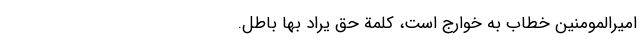
امیرالمومنین خطاب به خوارج است، کَلِمَةُ حَقٍّ یُرَادُ بِهَا بَاطِلٌ.